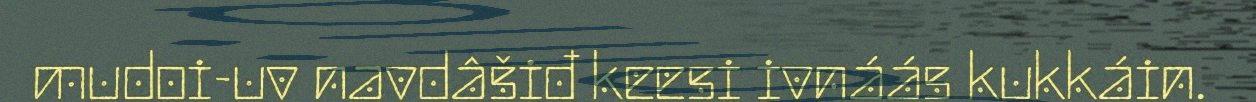
mudoi-uv navdâšiđ keesi ivnáás kukkáin.